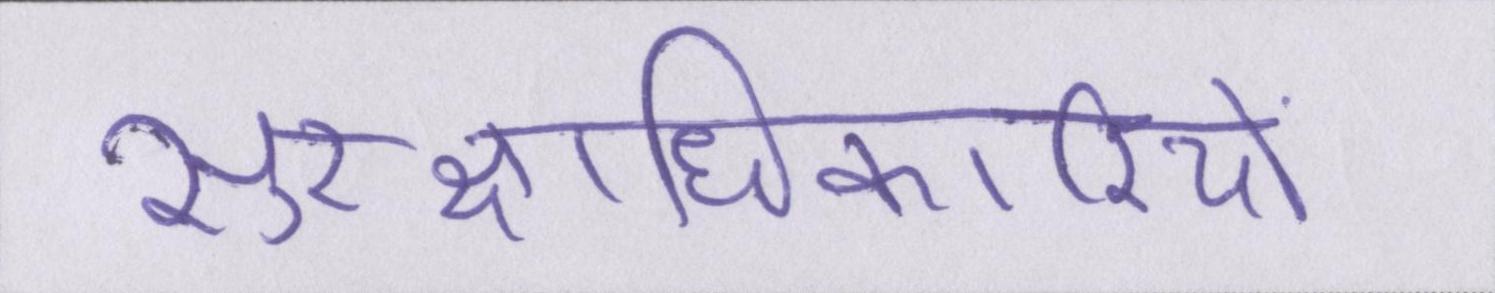
सुरक्षाधिकारियों